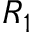
R _ { 1 }